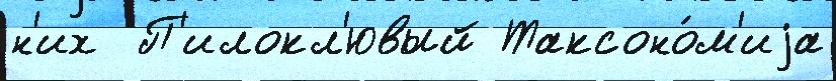
н'их  П'илокл'ювый Таксоно́м'иjа